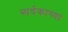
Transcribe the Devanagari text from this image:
स्पर्धकाच्या